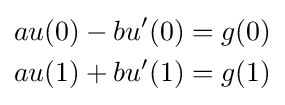
{\begin{aligned}au(0)-bu'(0)&=g(0)\\au(1)+bu'(1)&=g(1)\end{aligned}}